Vaccination in Bombay 1889-1901 - 1889-1901
Year: 1889
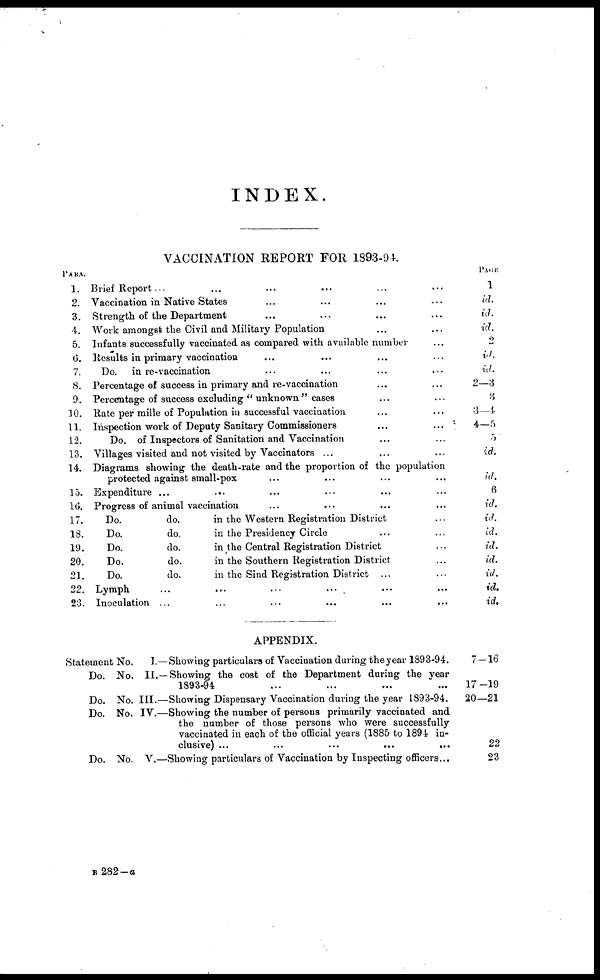
INDEX.
VACCINATION REPORT FOR 1893-94.
PARA.
1.
2.
3.
4.
5.
6.
7.
8.
9.
10.
11.
12.
13.
14.
15.
16.
17.
18.
19.
20.
21.
22.
23.
Brief Report... ... ... ... ... ...
Vaccination in Native States ... ... ... ...
Strength of the Department ... ... ... ...
Work amongst the Civil and Military Population ... ...
Infants successfully vaccinated as compared with available number ...
Results in primary vaccination ... ... ... ...
Do. in re-vaccination ... ... ... ...
Percentage of success in primary and re-vaccination ... ...
Percentage of success excluding " unknown" cases ... ...
Rate per mille of Population in successful vaccination ... ...
Inspection work of Deputy Sanitary Commissioners
...
...
Do. of Inspectors of Sanitation and Vaccination ... ...
Villages visited and not visited by Vaccinators ... ... ...
Diagrams showing the death-rate and the proportion of the population
protected against small-pox ... ... ... ...
Expenditure ... ... ... ... ... ...
Progress of animal vaccination ... ... ... ...
Do.
do.
in the Western Registration District ...
Do.
do.
in the Presidency Circle ... ...
Do.
do.
in the Central Registration District ...
Do.
do.
in the Southern Registration District ...
Do.
do.
in the Sind Registration District ... ...
Lymph ... ... ... ... ... ...
Inoculation ... ... ... ... ... ...
PAGE
1
id.
id.
id.
2
id.
id.
2—3
3
3—4
4—5
5
id.
id.
6
id.
id.
id.
id.
id.
id.
id.
id.
APPENDIX.
Statement No.
Do.
Do.
Do.
Do.
No.
No.
No.
No.
I.
II.
III.
IV.
V.
—Showing particulars of Vaccination during the year 1893-94.
— Showing the cost of the Department during the year
1893-94 ... ... ... ...
—Showing Dispensary Vaccination during the year 1893-94.
—Showing the number of persons primarily vaccinated and
the number of those persons who were successfully
vaccinated in each of the official years (1885 to 1894 in-
clusive) ... ... ... ... ...
—Showing particulars of Vaccination by Inspecting officers...
7—16
17—19
20—21
22
23
B 282—a